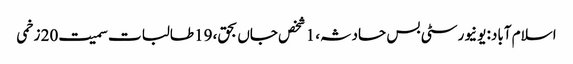
اسلام آباد: یونیورسٹی بس حادثہ، 1 شخص جاں بحق، 19طالبات سمیت20 زخمی